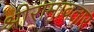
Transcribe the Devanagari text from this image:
श्रीरामावतार